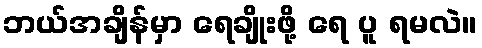
ဘယ်အချိန်မှာ ရေချိုးဖို့ ရေ ပူ ရမလဲ။